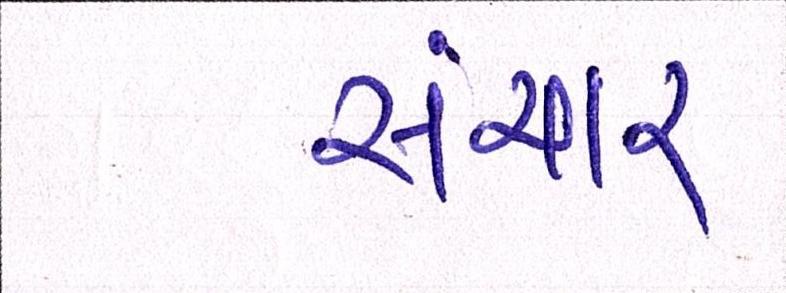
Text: સંચાર